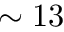
\sim 1 3